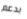
بدعم